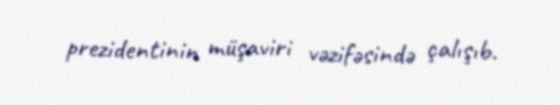
prezidentinin müşaviri vəzifəsində çalışıb.